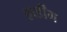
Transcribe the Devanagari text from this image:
हार्डींग